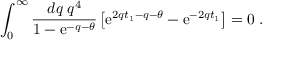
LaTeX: \int _ { 0 } ^ { \infty } \frac { d q \; q ^ { 4 } } { 1 - \mathrm { e } ^ { - q - \theta } } \left[ \mathrm { e } ^ { 2 q t _ { 1 } - q - \theta } - \mathrm { e } ^ { - 2 q t _ { 1 } } \right] = 0 \; .